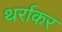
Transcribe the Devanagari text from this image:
थर्राकर